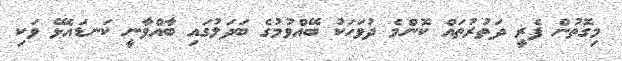
މިގޮތުން ފެރީ ދަތުރުތައް ކޮންމެ ދުވަހަކު ބޭއްވުމުގެ ބަދަލުގައި ބާއްވާނީ ކަނޑައެޅޭ ވަކި